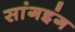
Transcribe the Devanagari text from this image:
सांगइंग